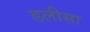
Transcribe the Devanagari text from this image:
डलीसा